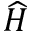
\widehat { H }